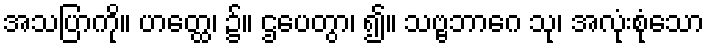
အသပြာကို။ ဟတ္ထေ၊ ၌။ ဌပေတွာ၊ ၍။ သဗ္ဗဘာဂေ သု၊ အလုံးစုံသော